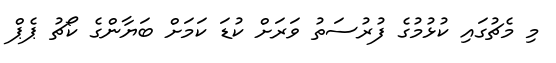
މި މެޗުގައި ކުޅުމުގެ ފުރުސަތު ވަރަށް ކުޑަ ކަމަށް ބަޔާންގެ ކޯޗު ޕެޕް